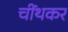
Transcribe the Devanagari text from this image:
चींथकर